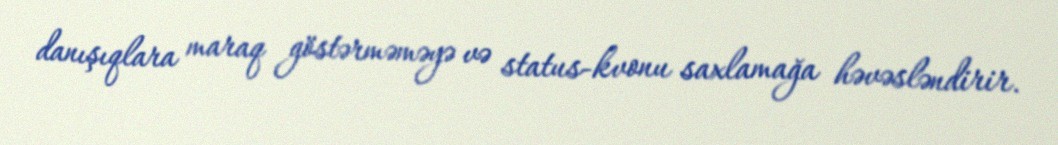
danışıqlara maraq göstərməməyə və status-kvonu saxlamağa həvəsləndirir.